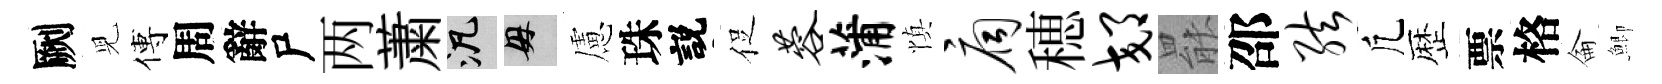
劂児傅周辭尸两䔥泛母慮珠説促蓉蒲慎扃穂郊罷邵弦凢歴票格侖鯽